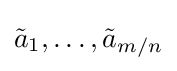
{\tilde {a}}_{1},\ldots ,{\tilde {a}}_{m/n}